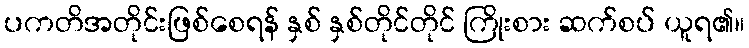
ပကတိအတိုင်းဖြစ်စေရန် နှစ် နှစ်တိုင်တိုင် ကြိုးစား ဆက်စပ် ယူရ၏။